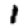
Digit: 1